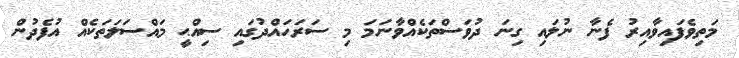
މަތިވެފައިވާއިރު ފެނާ ނުލައި ގިނަ ދުވަސްތަކެއްވާނަމަ މި ސަރަހައްދުގައި ސިއްޙީ މައްސަލަތަކެއް އުފެދުން